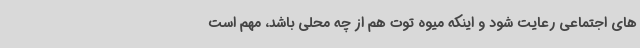
های اجتماعی رعایت شود و اینکه میوه توت هم از چه محلی باشد، مهم است